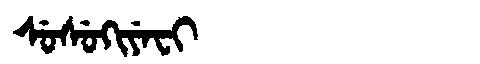
Manchu: ᠰᡠᠰᡠᡴᡳᠶᡝᠸᡳ
Romanization: SUSUKIYEFI